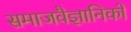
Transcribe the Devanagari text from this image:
समाजवैज्ञानिकों